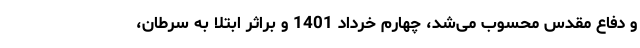
و دفاع مقدس محسوب می‌شد، چهارم خرداد 1401 و براثر ابتلا به سرطان،